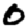
Digit: 0